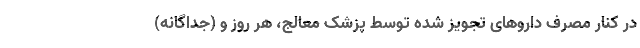
در کنار مصرف داروهای تجویز شده توسط پزشک معالج، هر روز و (جداگانه)